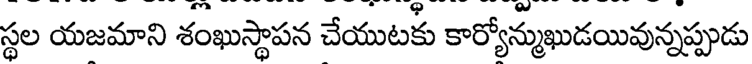
స్థల యజమాని శంఖుస్థాపన చేయుటకు కార్యోన్ముఖుడయివున్నప్పుడు